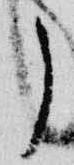
了